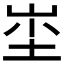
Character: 𱛣